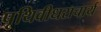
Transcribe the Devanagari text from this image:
पृथिवीधराचार्य